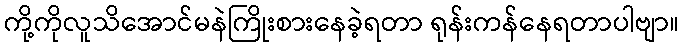
ကို့ကိုလူသိအောင်မနဲကြိုးစားနေခဲ့ရတာ ရုန်းကန်နေရတာပါဗျာ။